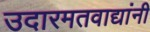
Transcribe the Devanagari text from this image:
उदारमतवाद्यांनी